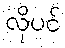
လိုပင်